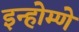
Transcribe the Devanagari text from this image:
इन्होम्णे